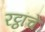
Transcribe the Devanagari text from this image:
रट्ठांचे